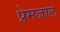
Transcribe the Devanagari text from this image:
प्रेमजाल